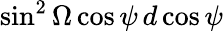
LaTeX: \sin^{2}\Omega\cos\psi\, d\cos\psi